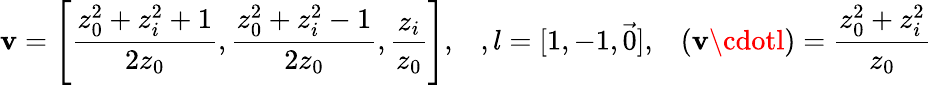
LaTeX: \mathbf{v}=\left[{\frac{{z_{0}^{2}+z_{i}^{2}+1}}{{2z_{0}}}},{\frac{{z_{0}^{2}+z_{i}^{2}-1}}{{2z_{0}}}},{\frac{{z_{i}}}{{z_{0}}}}\right],\; \; \; ,l=[1,-1,\vec{{0}}],\; \; \; (\mathbf{v}\cdotl)={\frac{{z_{0}^{2}+z_{i}^{2}}}{{z_{0}}}}